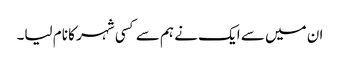
ان میں سے ایک نے ہم سے کسی شہر کا نام لیا۔